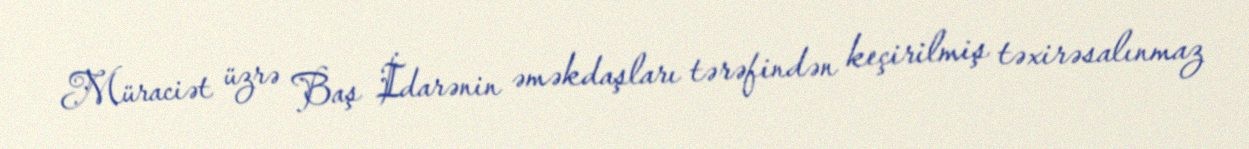
Müraciət üzrə Baş İdarənin əməkdaşları tərəfindən keçirilmiş təxirəsalınmaz